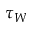
\tau _ { W }